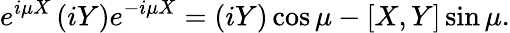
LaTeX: e^{i\mu X}\left(iY\right)e^{-i\mu X}=\left(iY\right)\cos{\mu}-[X,Y]\sin{\mu}.